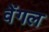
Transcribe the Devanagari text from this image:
वेंगल